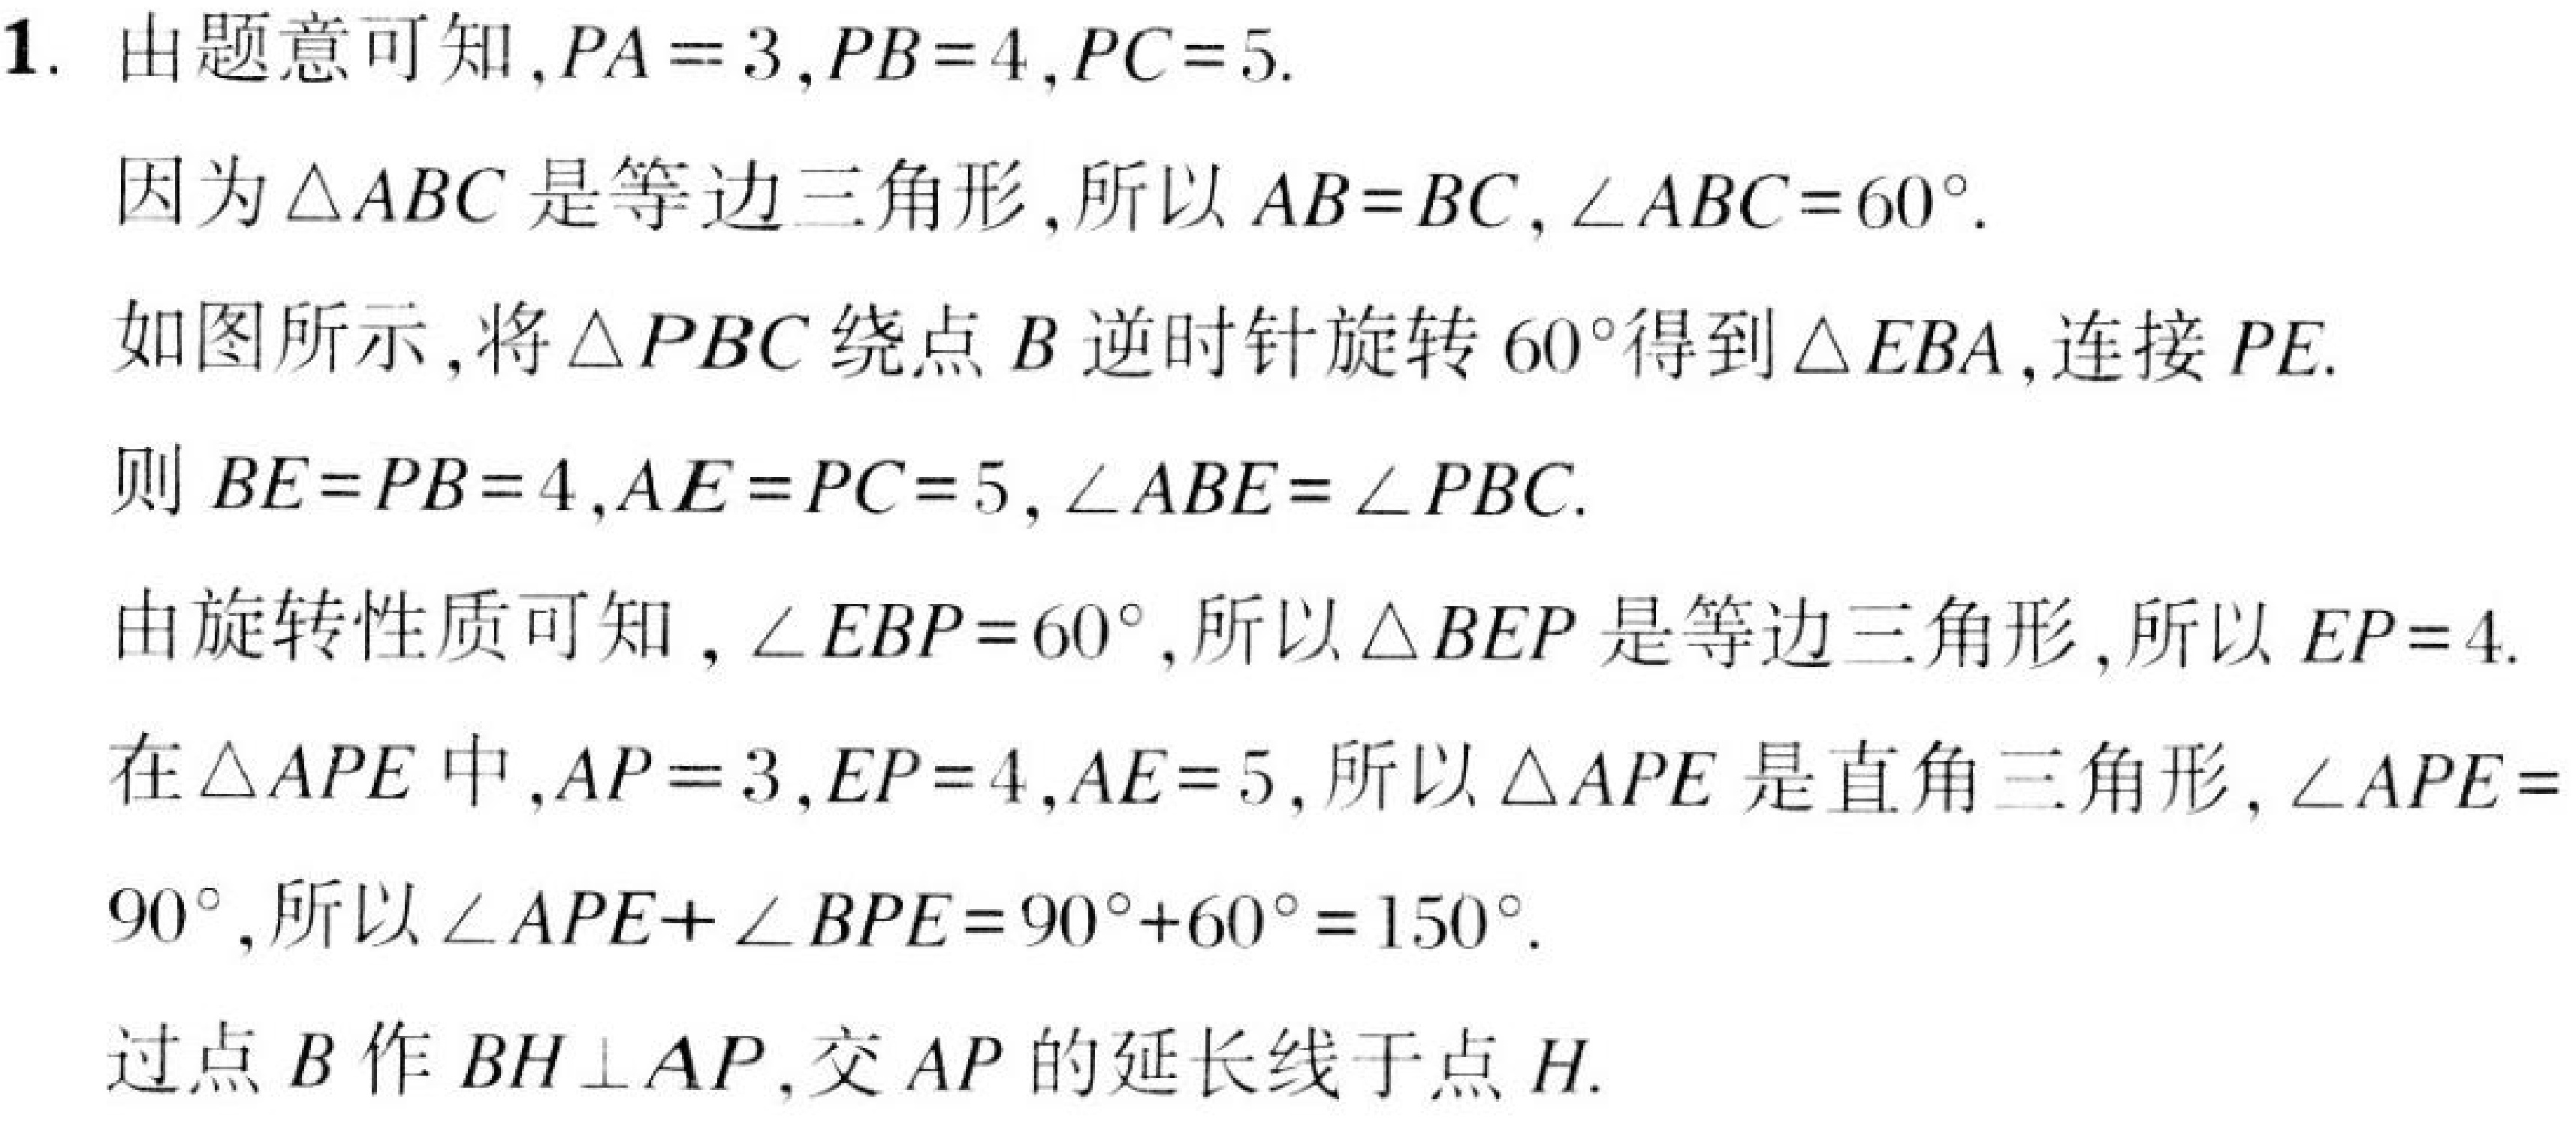
1. 由题意可知,\(PA = 3\),\(PB = 4\),\(PC = 5\).
因为\(\triangle ABC\) 是等边三角形,所以 \(AB = BC\),\(\angle ABC = 60^{\circ}\).
如图所示,将\(\triangle PBC\) 绕点 \(B\) 逆时针旋转 \(60^{\circ}\)得到\(\triangle EBA\),连接 \(PE\).
则 \(BE = PB = 4\),\(AE = PC = 5\),\(\angle ABE=\angle PBC\).
由旋转性质可知,\(\angle EBP = 60^{\circ}\),所以\(\triangle BEP\) 是等边三角形,所以 \(EP = 4\).
在\(\triangle APE\) 中,\(AP = 3\),\(EP = 4\),\(AE = 5\),所以\(\triangle APE\) 是直角三角形,\(\angle APE = 90^{\circ}\),所以\(\angle APE+\angle BPE = 90^{\circ}+60^{\circ}=150^{\circ}\).
过点 \(B\) 作 \(BH\perp AP\),交 \(AP\) 的延长线于点 \(H\).